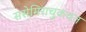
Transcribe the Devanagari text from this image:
ससेमिराचुकवत